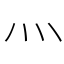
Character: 灬